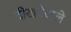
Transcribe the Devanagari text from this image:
दीखनेवाले